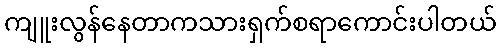
ကျူးလွန်နေတာကသားရှက်စရာကောင်းပါတယ်